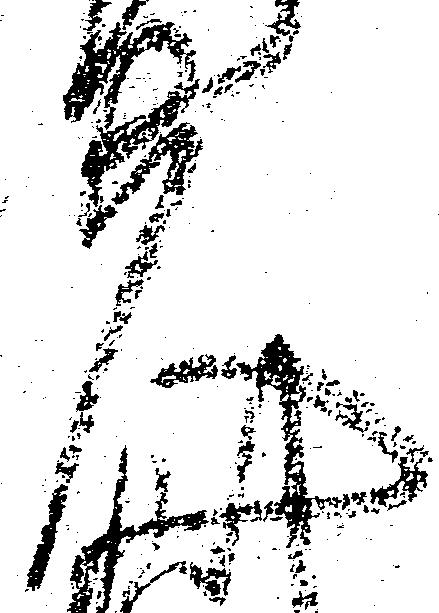
夫